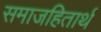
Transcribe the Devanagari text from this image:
समाजहितार्थ